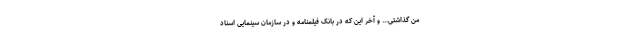
من گذاشتی... و آخر این که در بانک فیلمنامه و در سازمان سینمایی اسناد